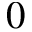
0